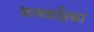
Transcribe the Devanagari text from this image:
फलमक्षिका